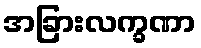
အခြားလက္ခဏာ